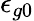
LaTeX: \epsilon_{g0}